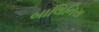
બાલિનિસ